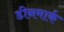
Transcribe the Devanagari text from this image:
डीनमार्क